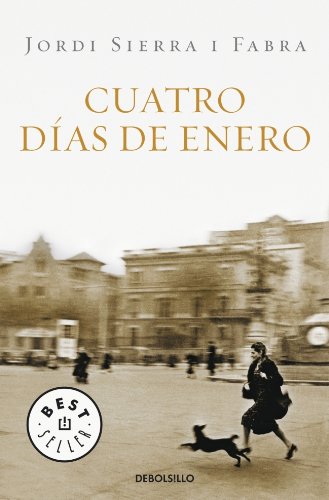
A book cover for Cuatro dias de enero (Best Seller (Debolsillo)) (Spanish Edition); Jordi Sierra; Literature & Fiction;